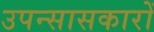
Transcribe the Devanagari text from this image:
उपन्सासकारों